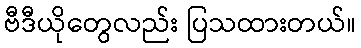
ဗီဒီယိုတွေလည်း ပြသထားတယ်။